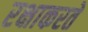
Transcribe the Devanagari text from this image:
रक्षाकरते